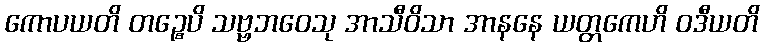
ကောပယတိ တဉ္စေပိ သဗ္ဗဘဝေသု အာသီဝိသာ အာနနေ ယတ္တကေဟိ ဝဒီယတိ